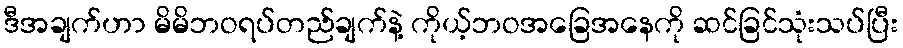
ဒီအချက်ဟာ မိမိဘဝရပ်တည်ချက်နဲ့ ကိုယ့်ဘဝအခြေအနေကို ဆင်ခြင်သုံးသပ်ပြီး